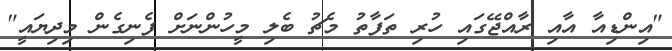
"އިންޑިއާ އާއި ރާއްޖޭގައި ހުރި ތަފާތު މެޗު ބެލި މީހުންނަށް ފެނިގެން މިދިޔައީ"